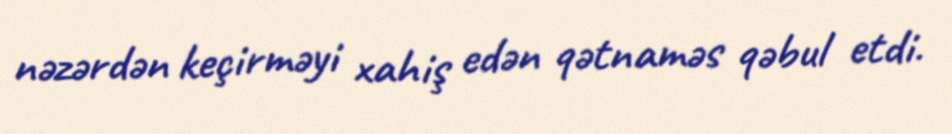
nəzərdən keçirməyi xahiş edən qətnaməs qəbul etdi.